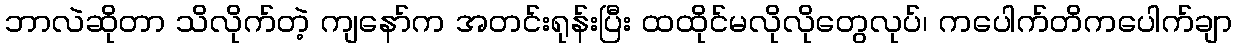
ဘာလဲဆိုတာ သိလိုက်တဲ့ ကျနော်က အတင်းရုန်းပြီး ထထိုင်မလိုလိုတွေလုပ်၊ ကပေါက်တိကပေါက်ချာ